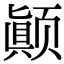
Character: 颠